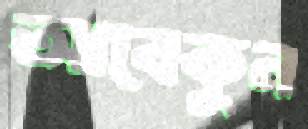
আবেকুন